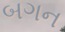
બગન